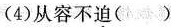
(4)从容不迫( )